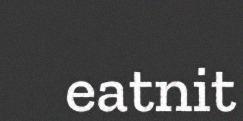
eatnit